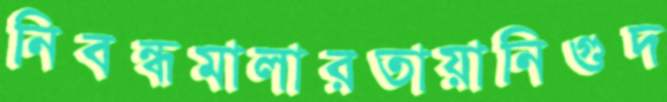
নিবন্ধমালারতায়ানিগুদ